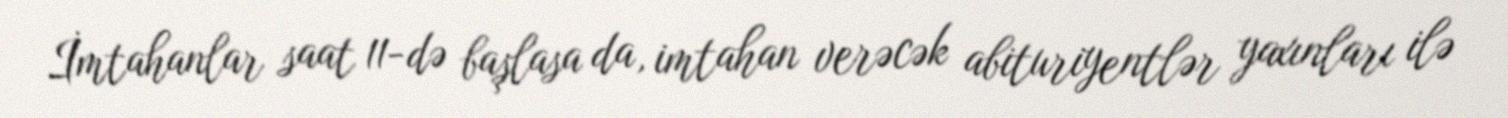
İmtahanlar saat 11-də başlasa da, imtahan verəcək abituriyentlər yaxınları ilə